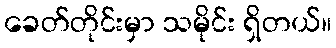
ခေတ်တိုင်းမှာ သမိုင်း ရှိတယ်။